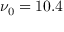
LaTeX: \nu _ { 0 } = 1 0 . 4